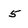
Character: 5